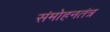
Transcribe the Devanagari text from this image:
संमोहनतंत्र